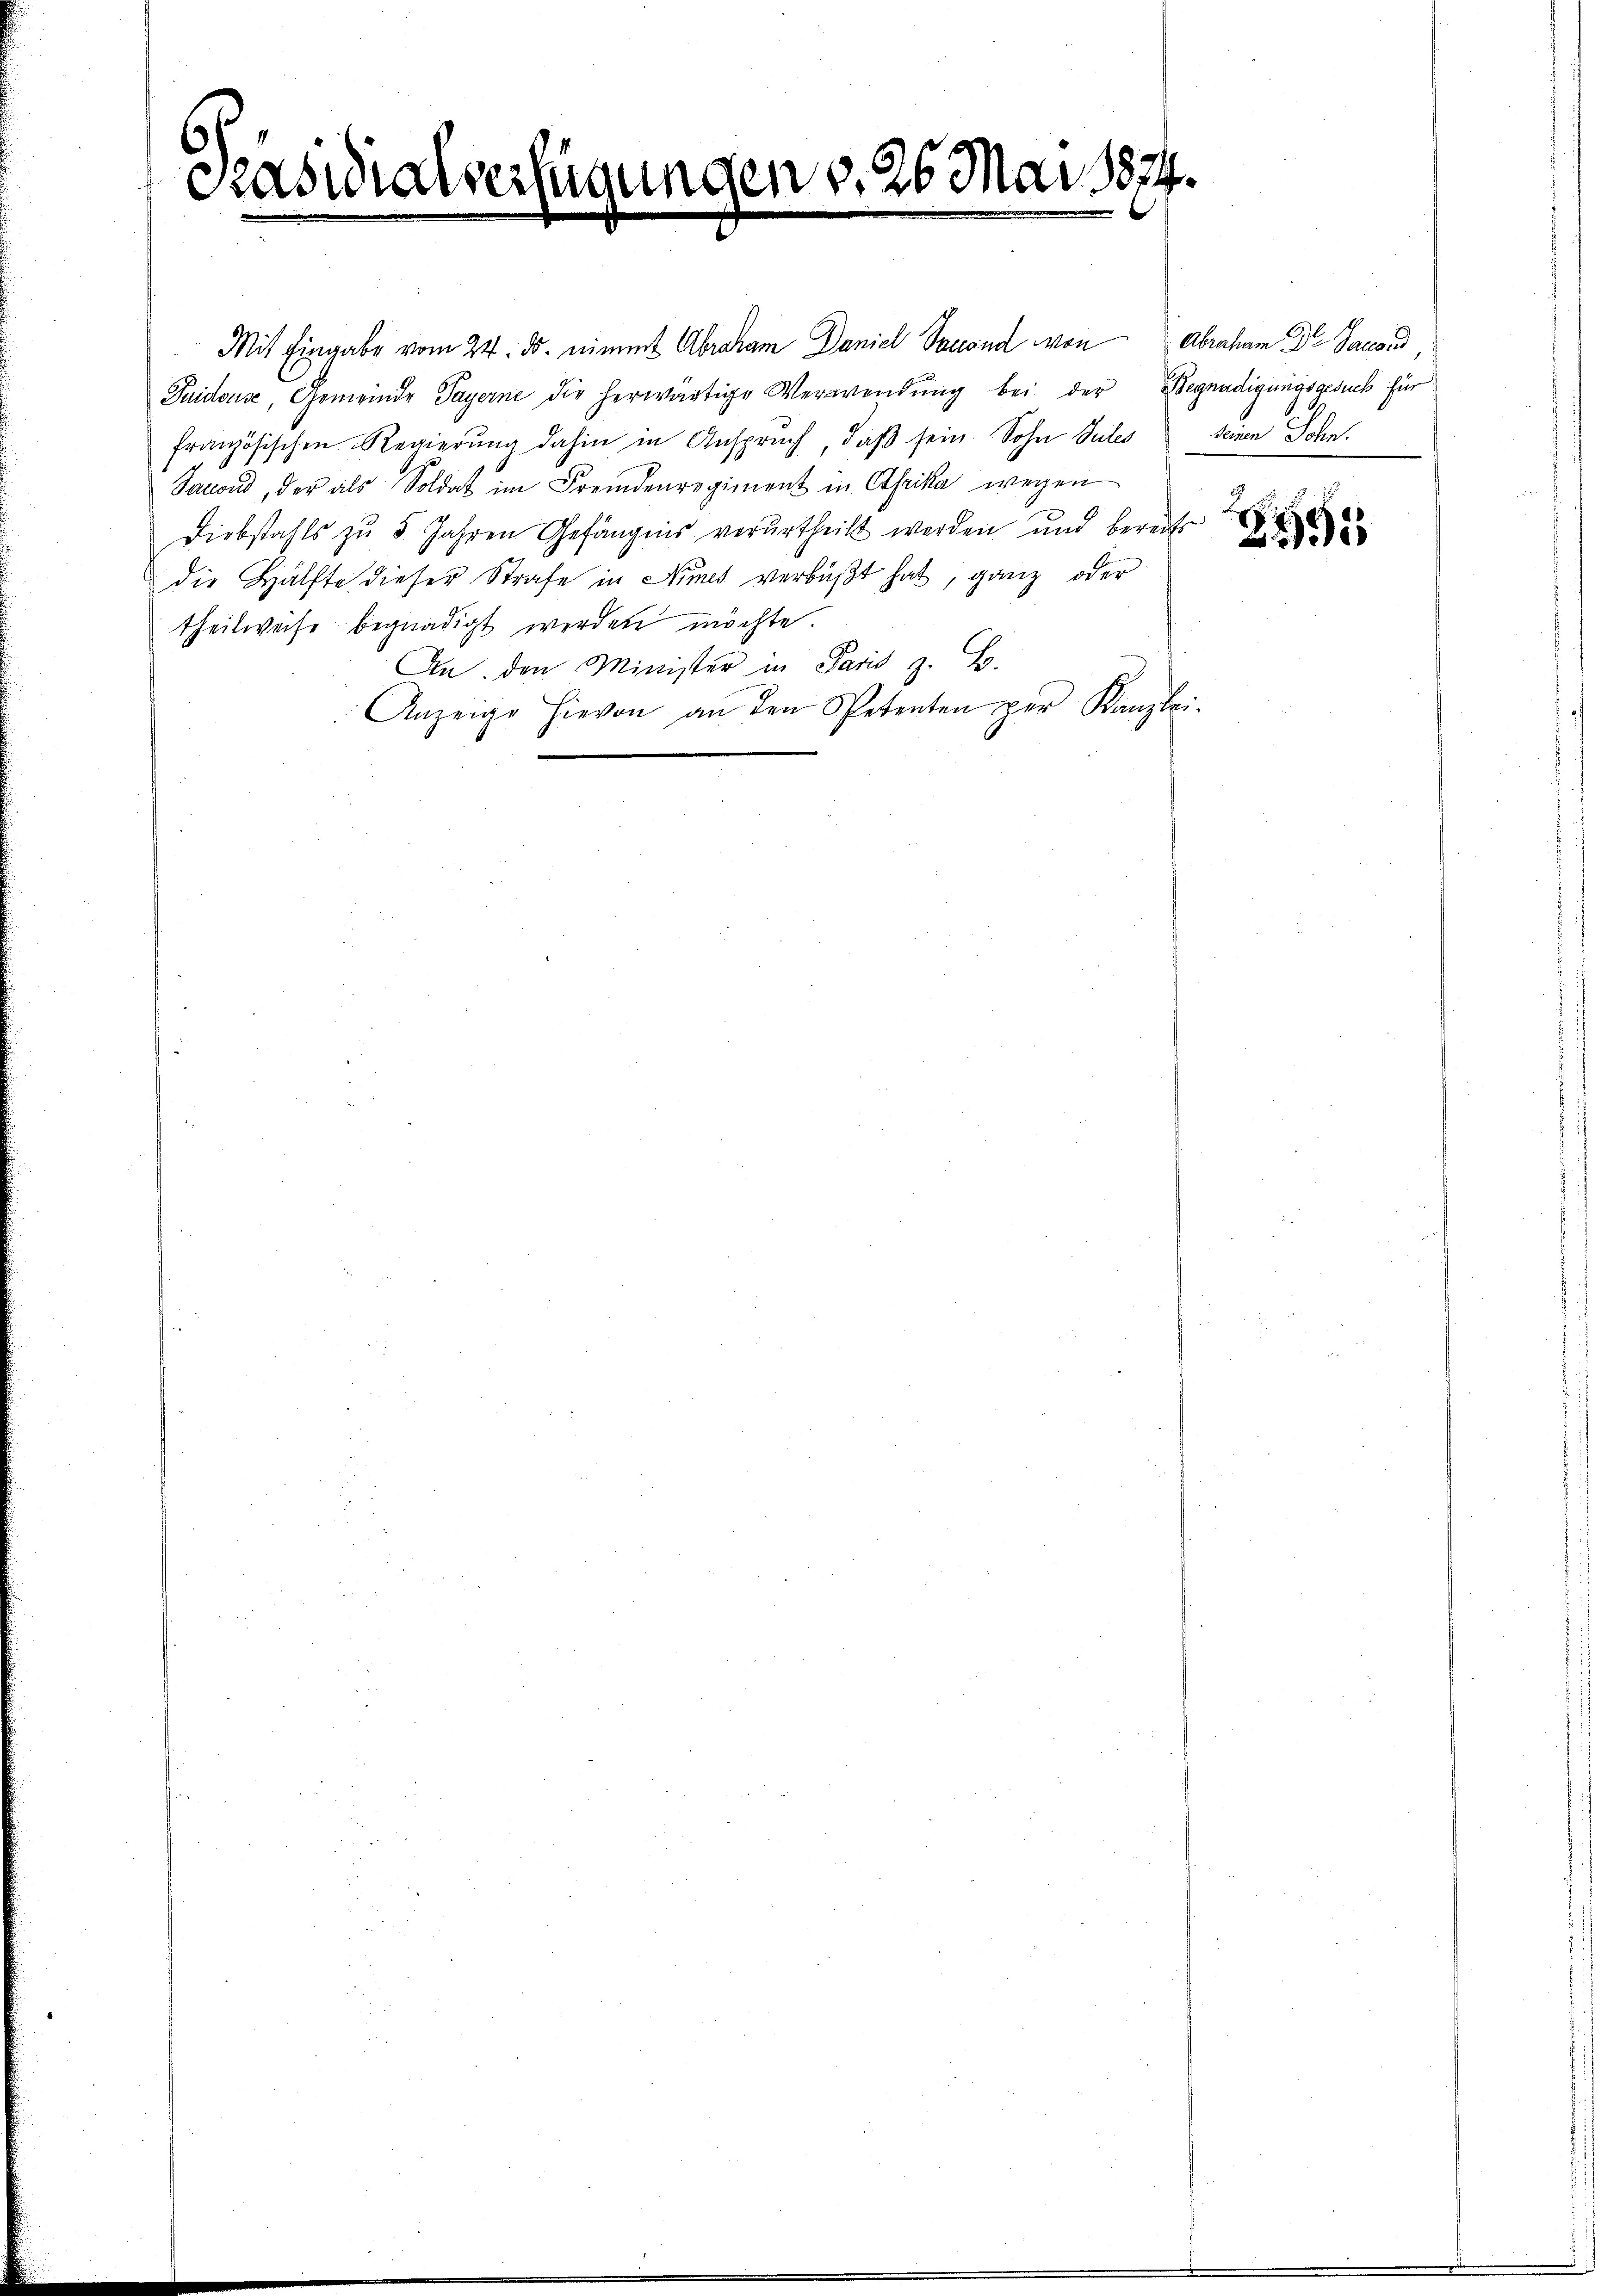
Paswialverfügungen v. 26. Mai 1874.

Mit Eingabe vom 24. ds. nimmt Abraham Daniel Tacona von Abraham Dr. Jacaus
Guidous, Gemeinde Payerne die herwärtige Verwendŭng bei der Begnadigungsgesuch für
französischen Regierŭng dahin in Anspruch, daβ sein. Sohn Sules
Salon, der als Soldat im Fremdenregiment in Afrika wegen
Diebstahls zŭ 5 Jahren Gefängnis verurtheilt werden und bereits
die Hälfte dieser Strafe in Nimes verbüßt hat, ganz oder
theilweise begnadigt werden möchte.
An den Minister in Paris z. B.
Anzeige hievon an den Petenten per Kanzlei-

seinen Sohn.

2551